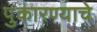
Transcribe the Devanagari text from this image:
पुकारण्याचे